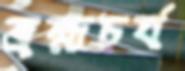
ব্রহ্মচর্য